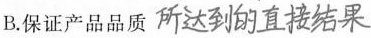
B.保证产品品质所达到的直接结果